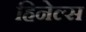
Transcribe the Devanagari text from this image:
हिनेल्स